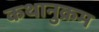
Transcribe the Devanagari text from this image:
कथानुक्रम